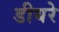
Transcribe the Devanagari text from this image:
डीयरे